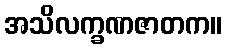
အသိလက္ခဏဇာတက။